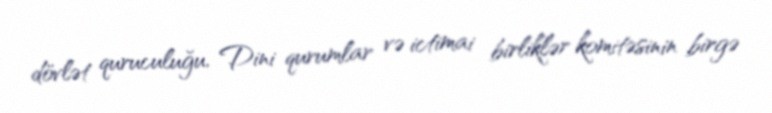
dövlət quruculuğu, Dini qurumlar və ictimai birliklər komitəsinin birgə